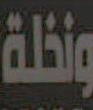
ونخلة